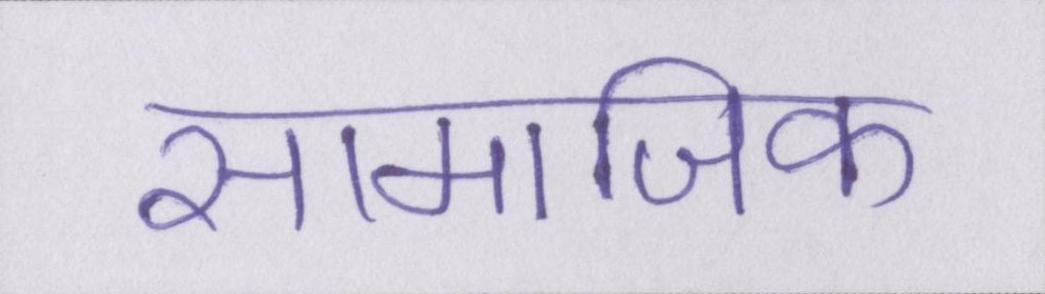
सामाजिक